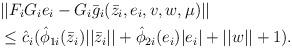
LaTeX: \begin{align*}&||F_iG_ie_i- G_i\bar g_i(\bar z_i,e_i, v, w,\mu)||\\&\leq \hat c_i (\hat \phi_{1i}(\bar z_i)||\bar z_i||+ \hat \phi_{2i}(e_i)|e_i|+||w||+1).\end{align*}